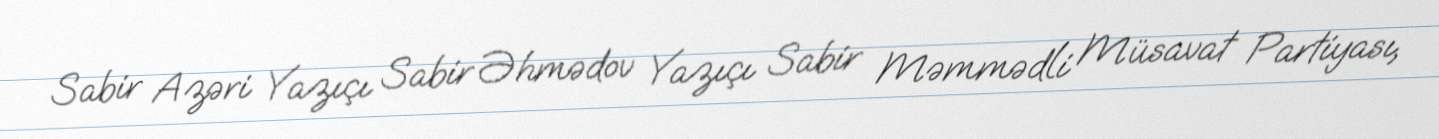
Sabir Azəri Yazıçı Sabir Əhmədov Yazıçı Sabir Məmmədli Müsavat Partiyası,